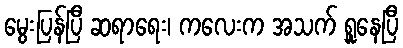
မွေးပြန်ပြီ ဆရာရေး၊ ကလေးက အသက် ရှူနေပြီ